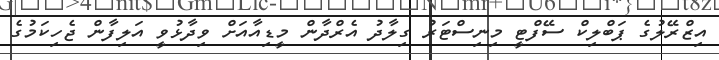
އިޒްރޭލުގެ ޕަބްލިކް ސޭފްޓީ މިނިސްޓަރު ގިލާދު އެރްދާން މީޑިއާއަށް ވިދާޅުވީ އަލިފާން ޖެހިކަމުގެ